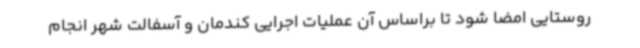
روستایی امضا شود تا براساس آن عملیات اجرایی کندمان و آسفالت شهر انجام